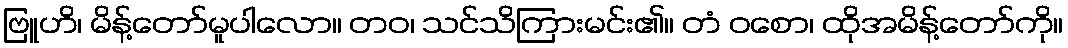
ဗြူဟိ၊ မိန့်တော်မူပါလော။ တဝ၊ သင်သိကြားမင်း၏။ တံ ဝစော၊ ထိုအမိန့်တော်ကို။